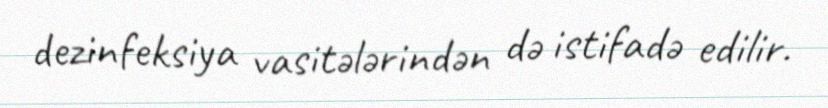
dezinfeksiya vasitələrindən də istifadə edilir.